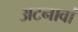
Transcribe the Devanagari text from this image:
अटनावां